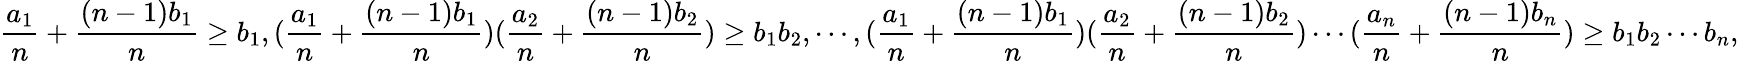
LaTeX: \frac{a_{1}}{n}+\frac{(n-1)b_{1}}{n}\geq b_{1},(\frac{a_{1}}{n}+\frac{(n-1)b_{1}}{n})(\frac{a_{2}}{n}+\frac{(n-1)b_{2}}{n})\geq b_{1}b_{2},\cdots,(\frac{a_{1}}{n}+\frac{(n-1)b_{1}}{n})(\frac{a_{2}}{n}+\frac{(n-1)b_{2}}{n})\cdots(\frac{a_{n}}{n}+\frac{(n-1)b_{n}}{n})\geq b_{1}b_{2}\cdots b_{n},